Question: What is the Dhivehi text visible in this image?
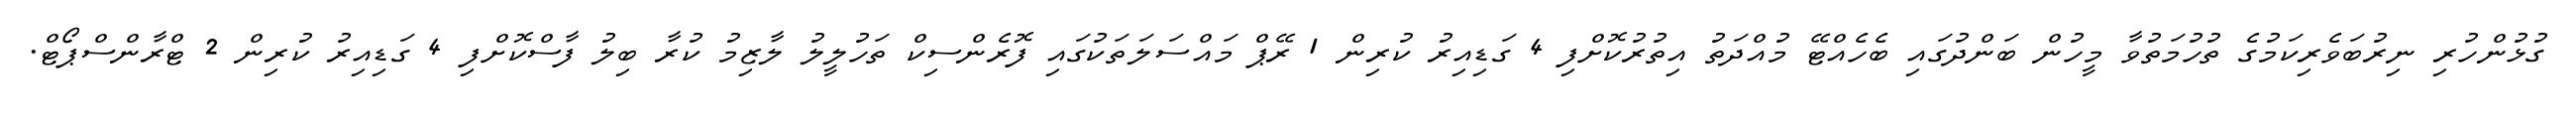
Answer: ގުޅުންހުރި ނިރުބަވެރިކަމުގެ ތުހުމަތުވާ މީހުން ބަންދުގައި ބެހެއްޓޭ މުއްދަތު އިތުރުކޮށްފި 4 ގަޑިއިރު ކުރިން 1 ރޭޕް މައްސަލަތަކުގައި ފޮރެންސިކް ތަހުލީލު ލާޒިމު ކުރާ ބިލު ފާސްކޮށްފި 4 ގަޑިއިރު ކުރިން 2 ޓްރާންސްޕޯޓް.